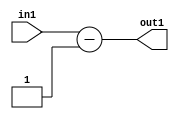
`timescale 1ps / 1ps
/*****************************************************************************
    Verilog RTL Description
    
    
    Created by: Stratus DpOpt 2019.1.01 
*******************************************************************************/

module st_weight_addr_gen_Subi1u16_4_11 (
	in1,
	out1
	); /* architecture "behavioural" */ 
input [15:0] in1;
output [16:0] out1;
wire [16:0] asc001;

assign asc001 = 
	+(in1)
	-(17'B00000000000000001);

assign out1 = asc001;
endmodule

/* CADENCE  urn1SgA= : u9/ySgnWtBlWxVPRXgAZ4Og= ** DO NOT EDIT THIS LINE ******/